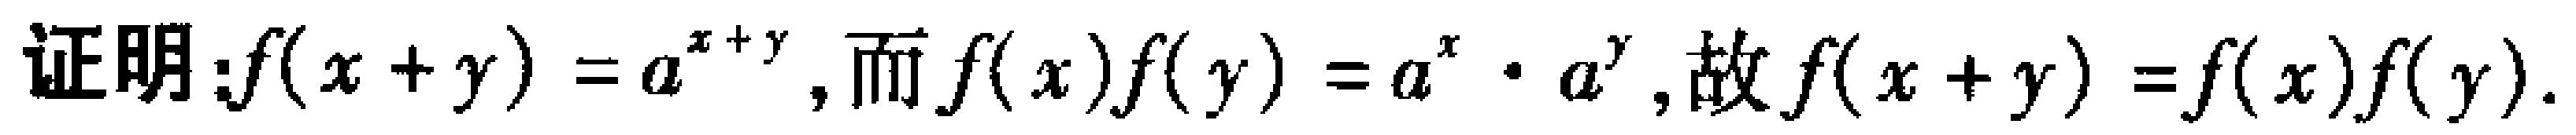
证明：\(f(x + y) = a^{x + y}\)，而\(f(x)f(y) = a^{x} \cdot a^{y}\)，故\(f(x + y) = f(x)f(y)\)。